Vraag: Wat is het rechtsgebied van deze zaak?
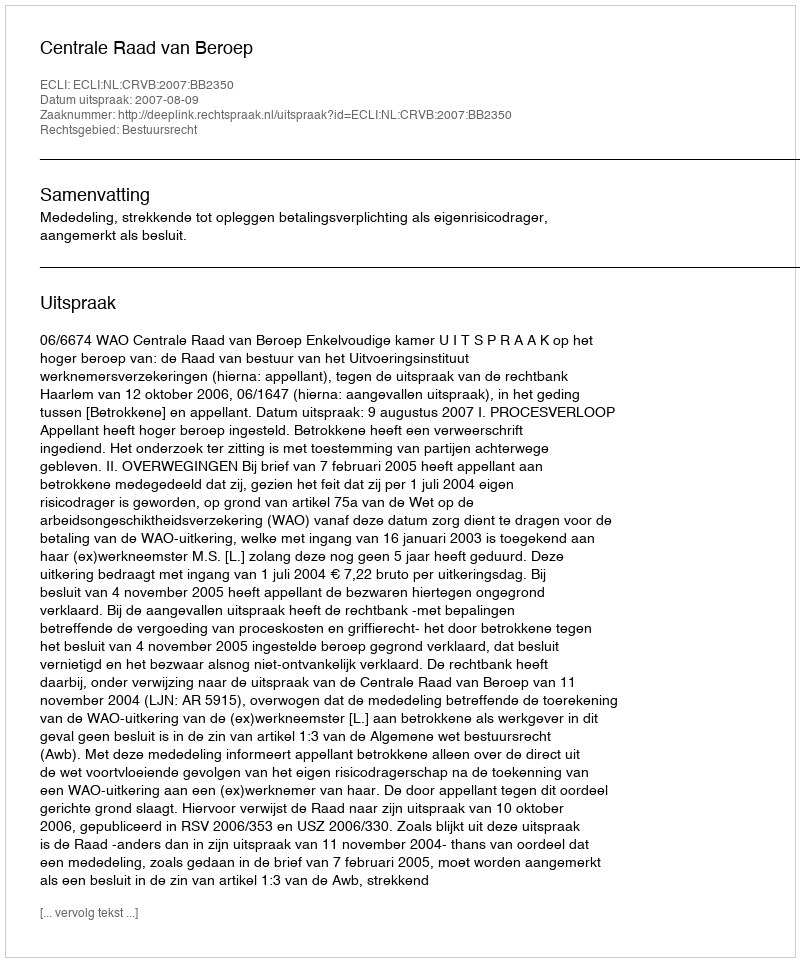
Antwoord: Bestuursrecht